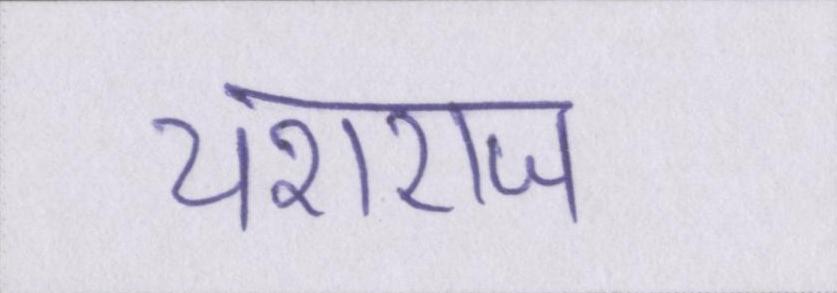
यशराज